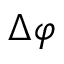
\Delta \varphi